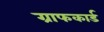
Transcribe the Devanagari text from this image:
ग्राफकार्ड